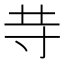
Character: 𱽍